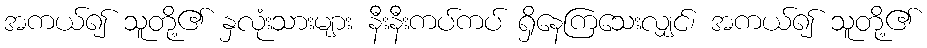
အကယ်၍ သူတို့၏ နှလုံးသားများ နီးနီးကပ်ကပ် ရှိနေကြသေးလျှင်၊ အကယ်၍ သူတို့၏